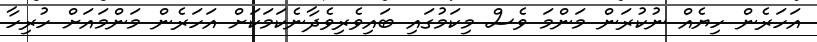
އަހަރެން ހިޔެއް ނުކުރަން މަންމަ ވެސް މިކަމުގައި ބައިވެރިވެދާނެކަމަކަށް އަހަރެން މަންމައަށް ހުރިހާ